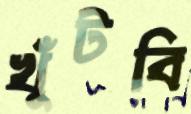
খুঁটবি